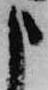
申